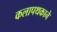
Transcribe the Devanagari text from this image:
कलापथकाने